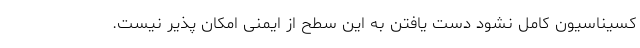
کسیناسیون کامل نشود دست یافتن به این سطح از ایمنی امکان پذیر نیست.